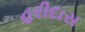
હરીદાસ